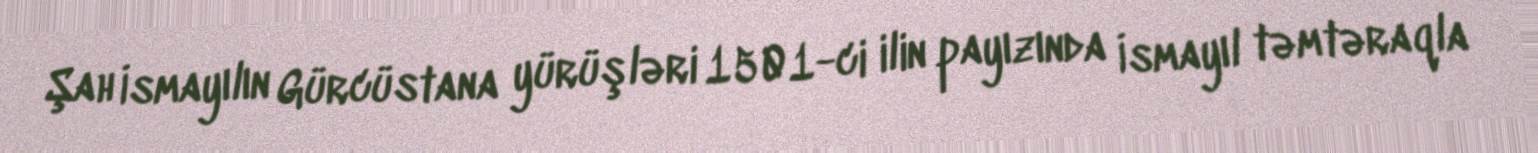
Şah İsmayılın Gürcüstana yürüşləri 1501-ci ilin payızında İsmayıl təmtəraqla